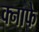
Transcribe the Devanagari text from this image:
क्नाफे